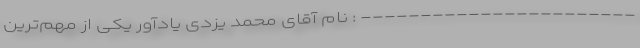
----------------------- : نام آقای محمد یزدی یادآور یکی از مهم‌ترین